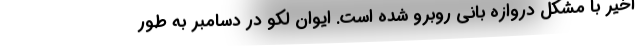
اخیر با مشکل دروازه بانی روبرو شده است. ایوان لکو در دسامبر به طور